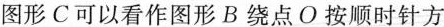
图形C可以看作图形B绕点O按顺时针方